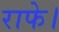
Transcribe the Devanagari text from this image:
राफे।